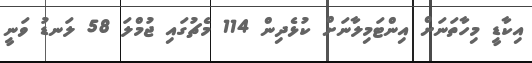
އިކާޑީ މިހާތަނަށް އިންޓަމިލާނަށް ކުޅެދިން 114 މެޗުގައި ޖުމްލަ 58 ލަނޑު ވަނީ